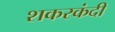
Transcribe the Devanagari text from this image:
शकरकंदी